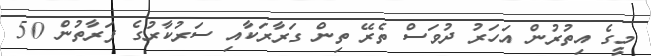
މީގެ އިތުރުން އަހަރު ދުވަސް ތެރޭ ތިން ގަރާރަކާއި ސަރުކާރުގެ ފަރާތުން 50